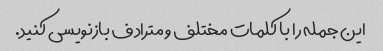
این جمله را با کلمات مختلف و مترادف بازنویسی کنید.